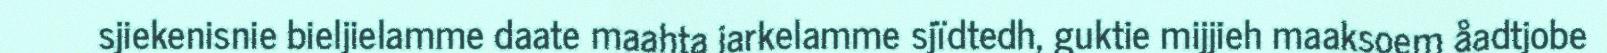
sjiekenisnie bieljielamme daate maahta jarkelamme sjïdtedh, guktie mijjieh maaksoem åadtjobe